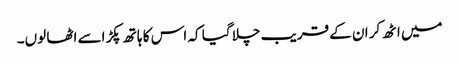
میں اٹھ کر ان کے قریب چلا گیا کہ اس کا ہاتھ پکڑ اسے اٹھا لوں۔